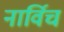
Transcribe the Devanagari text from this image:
नार्विच